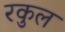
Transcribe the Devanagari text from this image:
रकुल